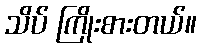
သိပ် ကြိုးစားတယ်။